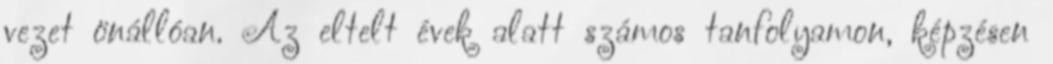
vezet önállóan. Az eltelt évek alatt számos tanfolyamon, képzésen